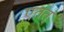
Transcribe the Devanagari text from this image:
एतत्‌